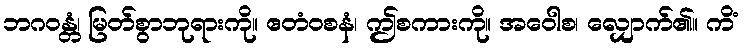
ဘဂဝန္တံ၊ မြတ်စွာဘုရားကို။ ဧတံဝစနံ၊ ဤစကားကို။ အဝေါစ၊ လျှောက်၏။ ကိံ